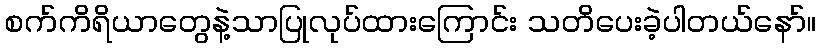
စက်ကိရိယာတွေနဲ့သာပြုလုပ်ထားကြောင်း သတိပေးခဲ့ပါတယ်နော်။